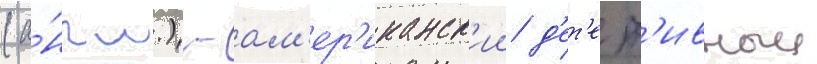
(а́нгл.) - ам'ер'иканск'ии д'ет'ект'ивныи